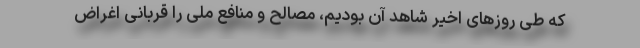
که طی روزهای اخیر شاهد آن بودیم، مصالح و منافع ملی را قربانی اغراض